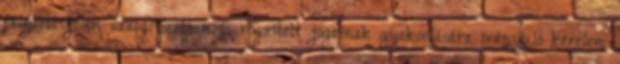
érintett jelen szabályzatban is rögzített jogainak gyakorlására irányuló kérelem